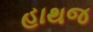
હાથજ